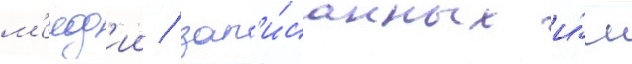
м'елод'ии / зап'и́санных и́м